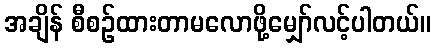
အချိန် စီစဉ်ထားတာမလောဖို့မျှော်လင့်ပါတယ်။